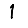
Digit: 1